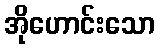
အိုဟောင်းသော